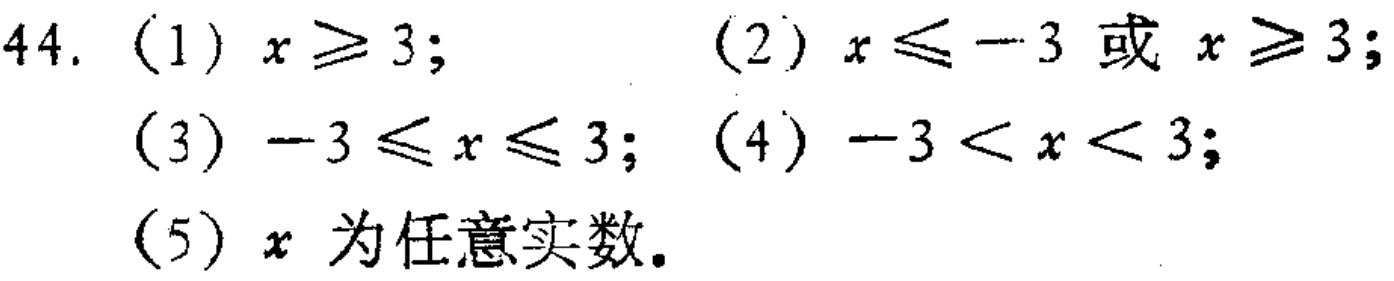
44. (1) \(x \geq 3\); (2) \(x \leq -3\) 或 \(x \geq 3\);

(3) \(-3 \leq x \leq 3\); (4) \(-3 < x < 3\);

(5) \(x\) 为任意实数。